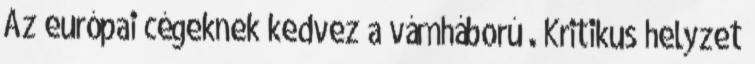
Az európai cégeknek kedvez a vámháború . Kritikus helyzet